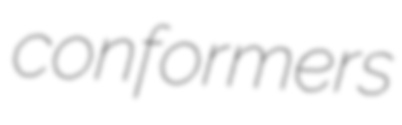
conformers